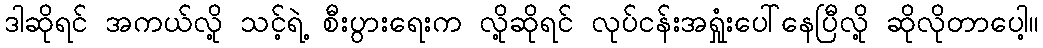
ဒါဆိုရင် အကယ်လို့ သင့်ရဲ့ စီးပွားရေးက လို့ဆိုရင် လုပ်ငန်းအရှုံးပေါ်နေပြီလို့ ဆိုလိုတာပေါ့။